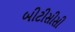
બીટીસીસી